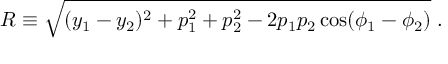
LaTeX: R \equiv \sqrt { ( y _ { 1 } - y _ { 2 } ) ^ { 2 } + p _ { 1 } ^ { 2 } + p _ { 2 } ^ { 2 } - 2 p _ { 1 } p _ { 2 } \cos ( \phi _ { 1 } - \phi _ { 2 } ) } \; .